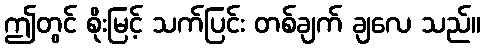
ဤတွင် စိုးမြင့် သက်ပြင်း တစ်ချက် ချလေ သည်။